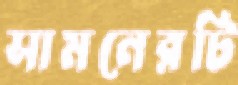
সামনেরটি